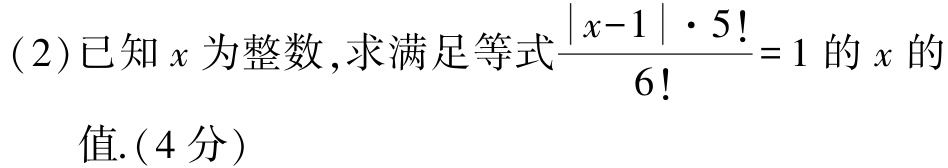
(2)已知\(x\)为整数,求满足等式\(\frac{\vert x - 1\vert\cdot5!}{6!}=1\)的\(x\)的值.(4分)